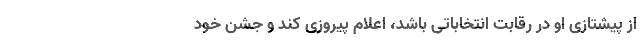
از پیشتازی او در رقابت انتخاباتی باشد، اعلام پیروزی کند و جشن خود